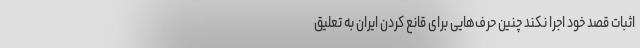
اثبات قصد خود اجرا نکند چنین حرف‌هایی برای قانع کردن ایران به تعلیق